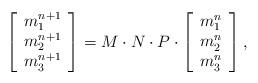
LaTeX: \begin{align*}\left[ \begin{array}{c}m_{1}^{n+1} \\ m_{2}^{n+1} \\ m_{3}^{n+1}\end{array}\right] =M\cdot N\cdot P\cdot \left[ \begin{array}{c}m_{1}^{n} \\ m_{2}^{n} \\ m_{3}^{n}\end{array}\right] , \end{align*}